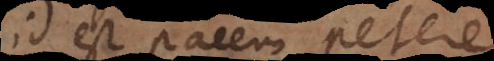
id est pacem petere